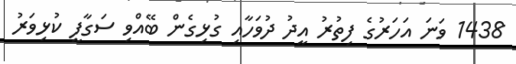
1438 ވަނަ އަހަރުގެ ފިތުރު އީދު ދުވަހާއި ގުޅިގެން ބޭއްވި ސަގާފީ ކުޅިވަރު